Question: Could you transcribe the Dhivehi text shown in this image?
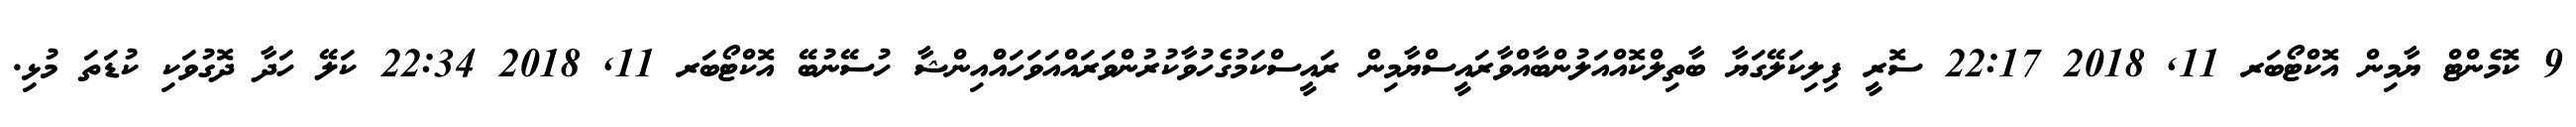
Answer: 9 ކޮމެންޓް ޔާމިން އޮކްޓޯބަރ 11, 2018 22:17 ސޮރީ ފިލިކަލޭގަޔާ ބާތިލްކޮއްއަލުންބާއްވާރައީސްޔާމިން ރައީސްކަމުގެހުވާކުރުންވަރައްއަވަހައްްއިންޝާ ހުސޭނުބޭ އޮކްޓޯބަރ 11, 2018 22:34 ކަލޭ ހަދާ ދޮގުވަކި ކުޑަތަ މުޅި.